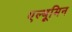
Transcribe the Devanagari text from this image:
एल्बूमिन